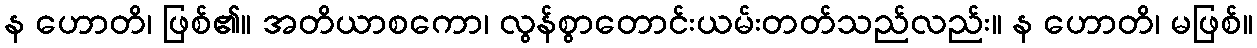
န ဟောတိ၊ ဖြစ်၏။ အတိယာစကော၊ လွန်စွာတောင်းယမ်းတတ်သည်လည်း။ န ဟောတိ၊ မဖြစ်။